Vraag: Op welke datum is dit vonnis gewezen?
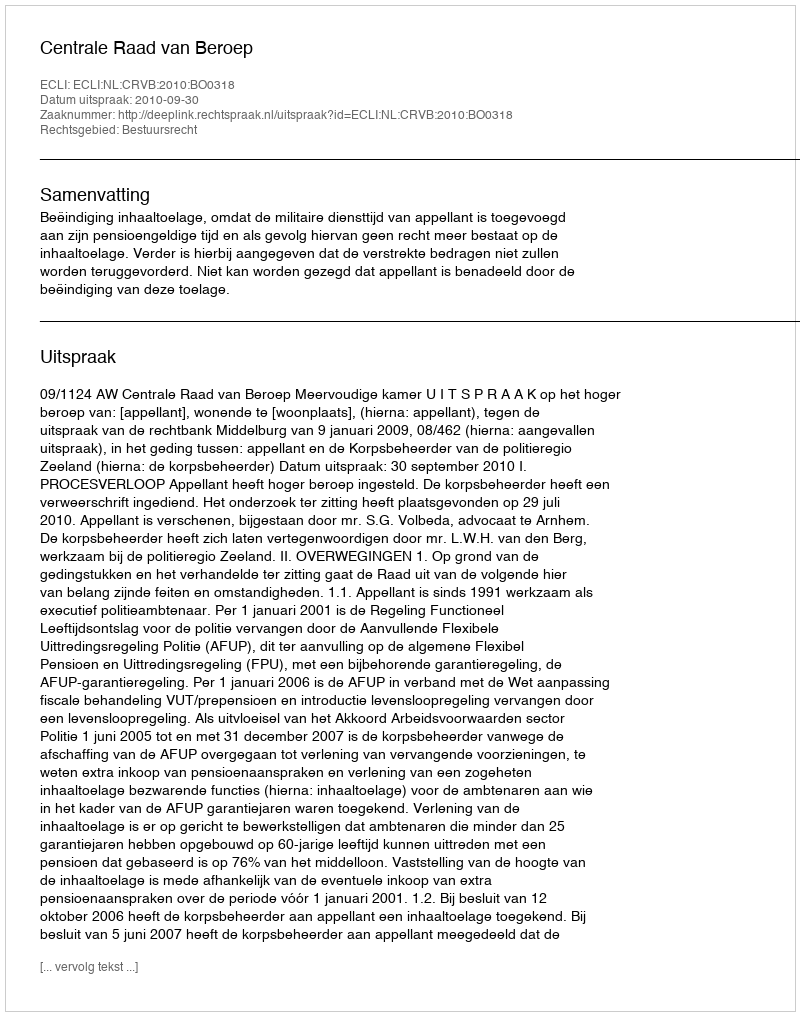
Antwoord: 2010-09-30